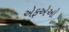
એફએઓ